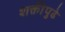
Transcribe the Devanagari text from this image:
शक्तीपुढे